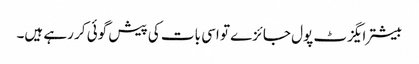
بیشتر ایگزٹ پول جائزے تو اسی بات کی پیش گوئی کر رہے ہیں۔